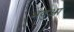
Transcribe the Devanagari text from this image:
भदुआ